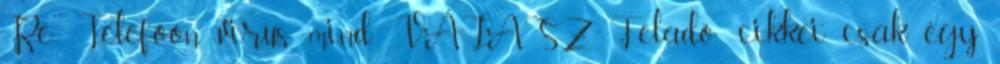
Re: Telefoon virus mind VÁLASZ Feladó: cikkei csak egy